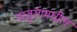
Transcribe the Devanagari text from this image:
नरतुरंगमधील